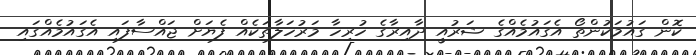
ކޮން ގައުމަކުންތޯ އެގައުމެއްގެ ޝަރުއީ ދާއިރާގެ ހުރިހާ މަރުހަލާތަކެއް ފެޔަށް ޖައްސާފައި އެގައުމެއްގައި